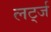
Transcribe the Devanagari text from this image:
लर्ट्ज